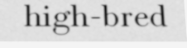
high-bred